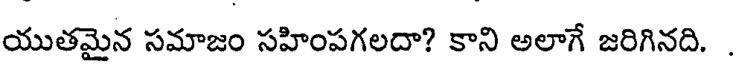
యుతమైన సమాజం సహింపగలదా? కాని అలాగే జరిగినది.